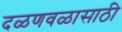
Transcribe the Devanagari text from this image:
दळणवळासाठी